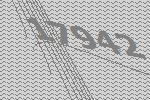
17942